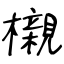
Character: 櫬